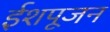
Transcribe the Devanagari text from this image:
ईशपूजन